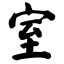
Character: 室